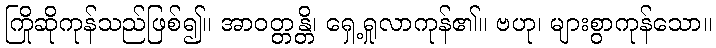
ကြိုဆိုကုန်သည်ဖြစ်၍။ အာဝတ္တန္တိ၊ ရှေ့ရှုလာကုန်၏။ ဗဟု၊ များစွာကုန်သော။